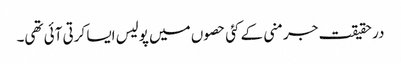
در حقیقت جرمنی کے کئی حصوں میں پولیس ایسا کرتی آئی تھی۔